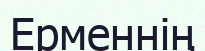
Ерменнің